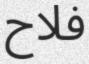
فلاح